Indian journal of veterinary science and animal husbandry - Volume 8,
Year: 1938
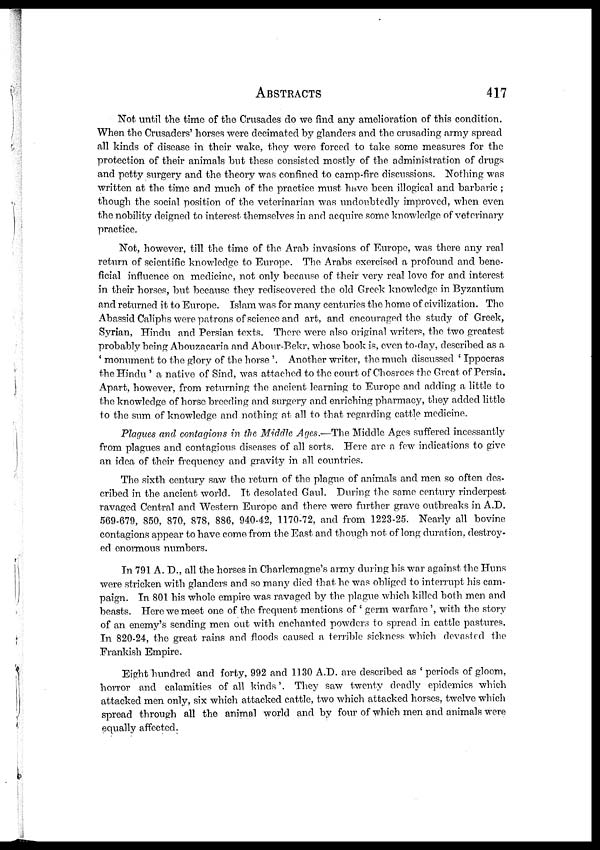
ABSTRACTS
417
Not until the time of the Crusades do we find any amelioration of this condition.
When the Crusaders' horses were decimated by glanders and the crusading army spread
all kinds of disease in their wake, they were forced to take some measures for the
protection of their animals but these consisted mostly of the administration of drugs
and petty surgery and the theory was confined to camp-fire discussions. Nothing was
written at the time and much of the practice must have been illogical and barbaric ;
though the social position of the veterinarian was undoubtedly improved, when even
the nobility deigned to interest themselves in and acquire some knowledge of veterinary
practice.
Not, however, till the time of the Arab invasions of Europe, was there any real
return of scientific knowledge to Europe. The Arabs exercised a profound and bene-
ficial influence on medicine, not only because of their very real love for and interest
in their horses, but because they rediscovered the old Greek knowledge in Byzantium
and returned it to Europe. Islam was for many centuries the home of civilization. The
Abassid Caliphs were patrons of science and art, and encouraged the study of Greek,
Syrian, Hindu and Persian texts. There were also original writers, the two greatest
probably being Abouzacaria and Abour-Bekr, whose book is, even to-day, described as a
' monument to the glory of the horse'. Another writer, the much discussed 'Ippocras
the Hindu ' a native of Sind, was attached to the court of Chosroes the Great of Persia.
Apart, however, from returning the ancient learning to Europe and adding a little to
the knowledge of horse breeding and surgery and enriching pharmacy, they added little
to the sum of knowledge and nothing at all to that regarding cattle medicine.
Plagues and contagions in the Middle Ages.—The Middle Ages suffered incessantly
from plagues and contagious diseases of all sorts. Here are a few indications to give
an idea of their frequency and gravity in all countries.
The sixth century saw the return of the plague of animals and men so often des-
cribed in the ancient world. It desolated Gaul. During the same century rinderpest
ravaged Central and Western Europe and there were further grave outbreaks in A.D.
569-679, 850, 870, 878, 886, 940-42, 1170-72, and from 1223-25. Nearly all bovine
contagions appear to have come from the East and though not of long duration, destroy-
ed enormous numbers.
In 791 A. D., all the horses in Charlemagne's army during his war against the Huns
were stricken with glanders and so many died that he was obliged to interrupt his cam-
paign. In 801 his whole empire was ravaged by the plague which killed both men and
beasts. Here we meet one of the frequent mentions of ' germ warfare ', with the story
of an enemy's sending men out with enchanted powders to spread in cattle pastures.
In 820-24, the great rains and floods caused a terrible sickness which devasted the
Frankish Empire.
Eight hundred and forty, 992 and 1130 A.D. are described as ' periods of gloom,
horror and calamities of all kinds'. They saw twenty deadly epidemics which
attacked men only, six which attacked cattle, two which attacked horses, twelve which
spread through all the animal world and by four of which men and animals were
equally affected.